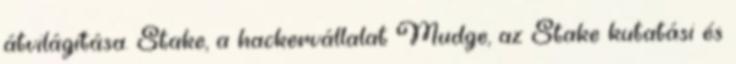
átvilágítása. Stake, a hackervállalat Mudge, az Stake kutatási és